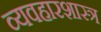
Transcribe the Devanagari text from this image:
व्यवहारशास्त्र